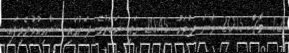
12 މާޗް 2015 ވަނަ ދުވަހު 20:45 ގައި ޚަބަރުގެ ދަށުގައި ޝާއިޢުކުރެވިފައި.